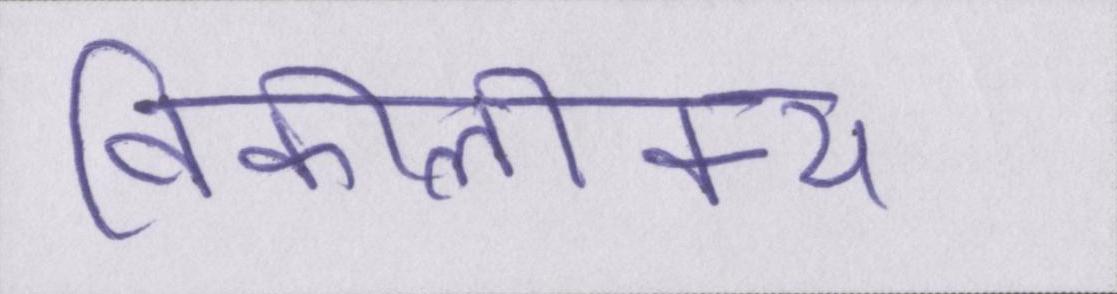
विकीलीक्स